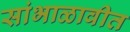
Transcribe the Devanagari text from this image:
सांभाळावीत